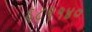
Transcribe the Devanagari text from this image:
६८९१४०